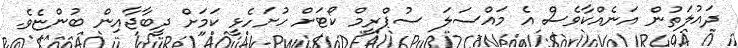
ދައުލަތުން އަނެއްކާވެސް އެ މައްސަލަަ ސުޕްރީމް ކޯޓަށް ހުށަހެޅީ ކަމަށް ދީބާޖާއިން ބުންޏެވެ.